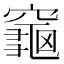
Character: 𪚨